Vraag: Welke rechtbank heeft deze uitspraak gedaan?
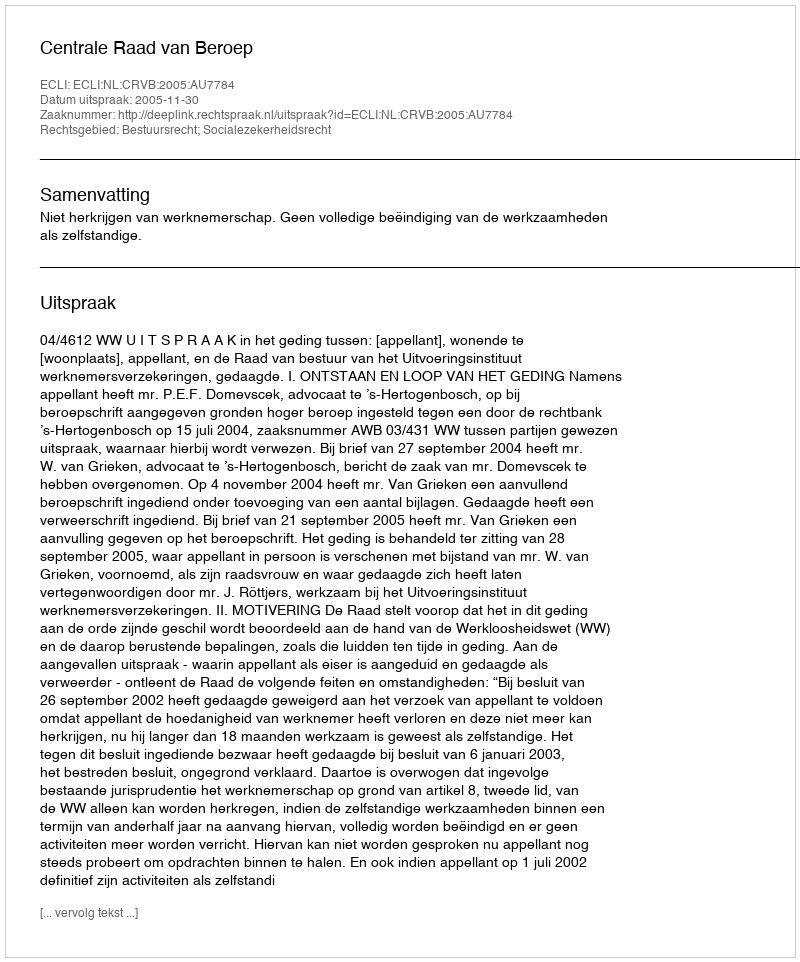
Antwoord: Centrale Raad van Beroep